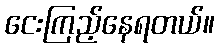
ငေးကြည့်နေရတယ်။